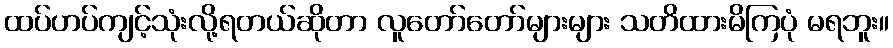
ထပ်ဟပ်ကျင့်သုံးလို့ရတယ်ဆိုတာ လူတော်တော်များများ သတိထားမိကြပုံ မရဘူး။